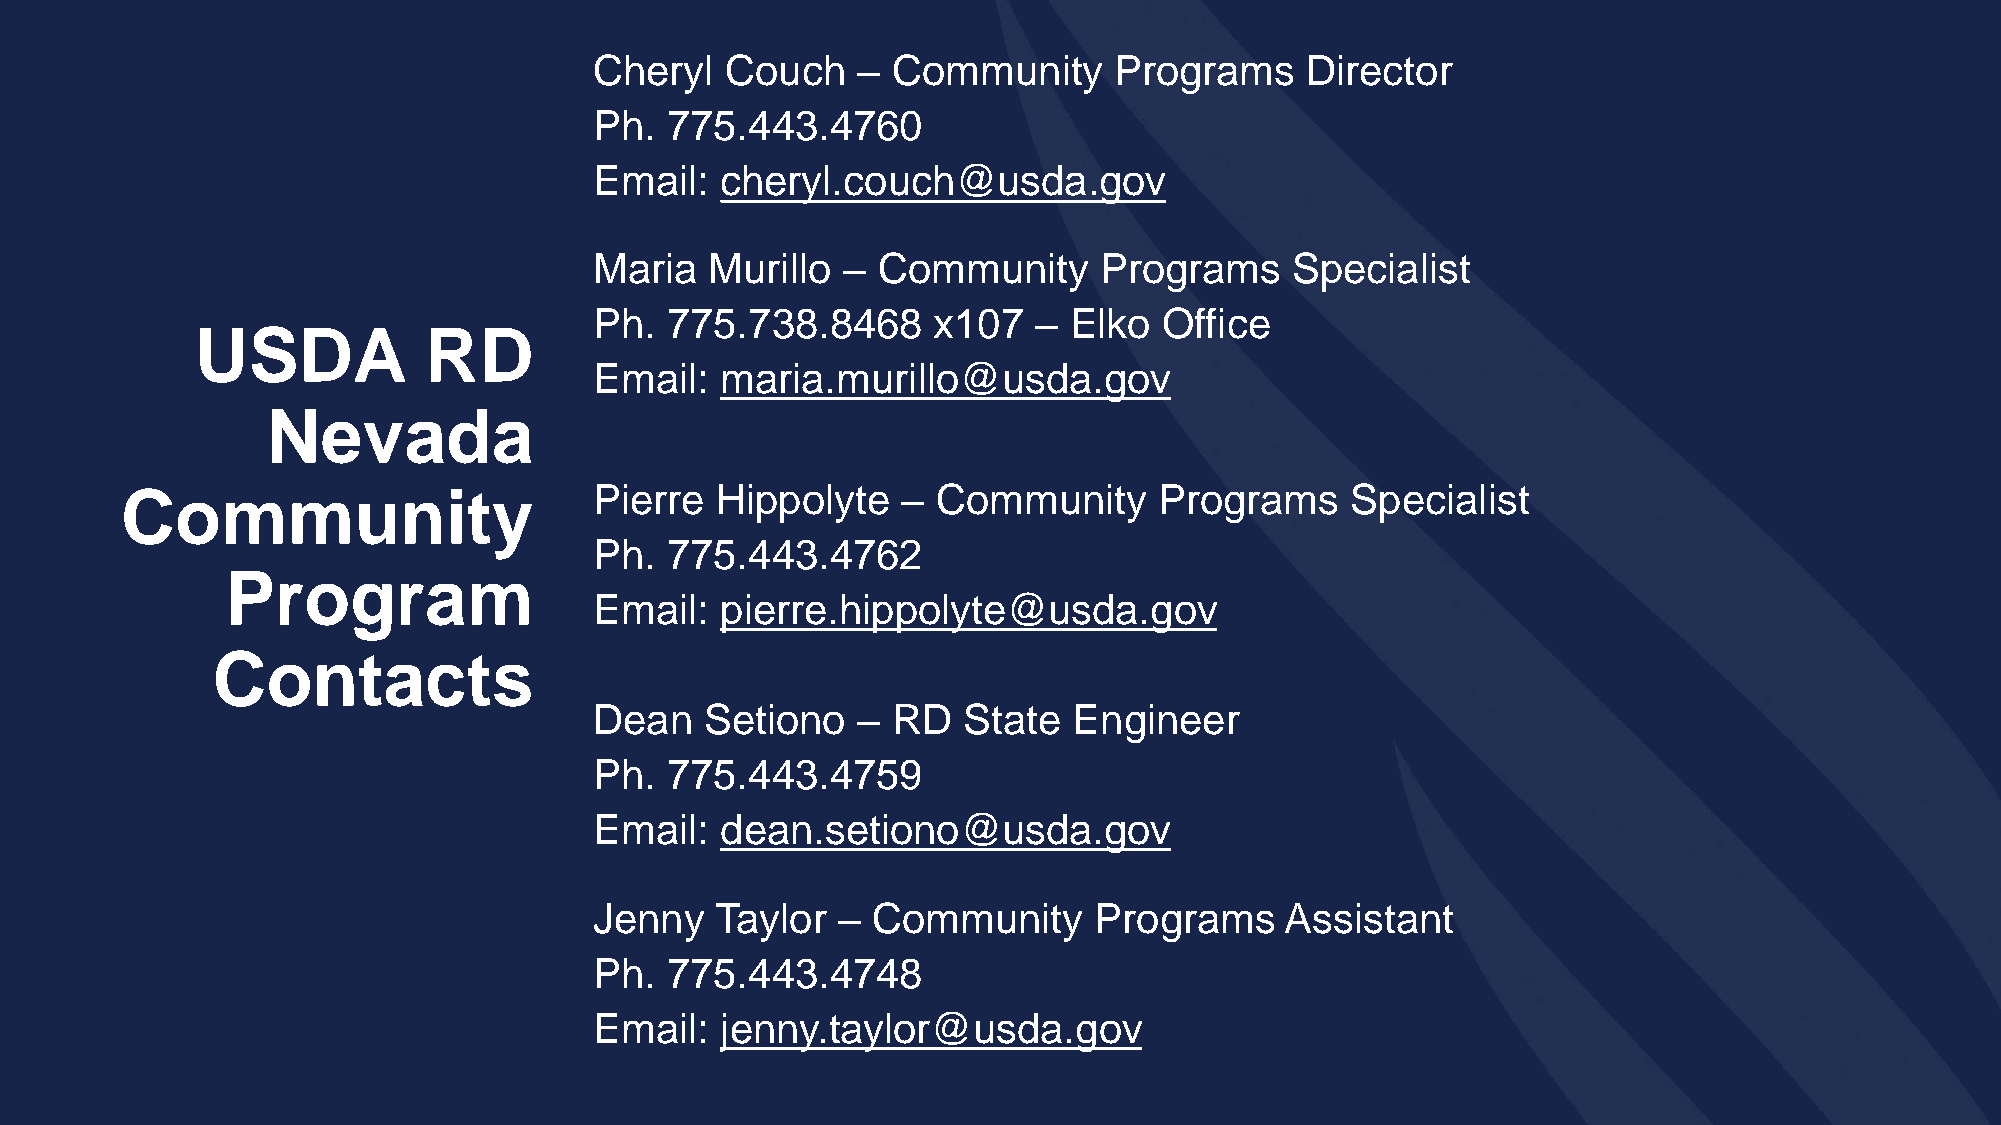
Cheryl   Couch    – Community      Programs    Director
 Ph.  775.443.4760
 Email:   cheryl.couch@usda.gov
 Maria   Murillo  – Community      Programs    Specialist
 Ph.  775.738.8468      x107   – Elko  Office
 USDA           RD
 Email:   maria.murillo@usda.gov
 Nevada
 Community                      Pierre  Hippolyte    – Community      Programs    Specialist
 Ph.  775.443.4762
 Program
 Email:   pierre.hippolyte@usda.gov
 Contacts
 Dean    Setiono   – RD   State  Engineer
 Ph.  775.443.4759
 Email:   dean.setiono@usda.gov
 Jenny   Taylor  –  Community     Programs     Assistant
 Ph.  775.443.4748
 Email:   jenny.taylor@usda.gov